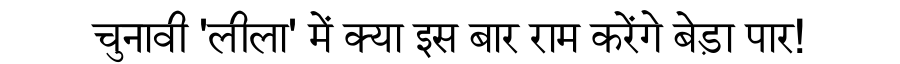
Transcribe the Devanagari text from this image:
चुनावी 'लीला' में क्या इस बार राम करेंगे बेड़ा पार!